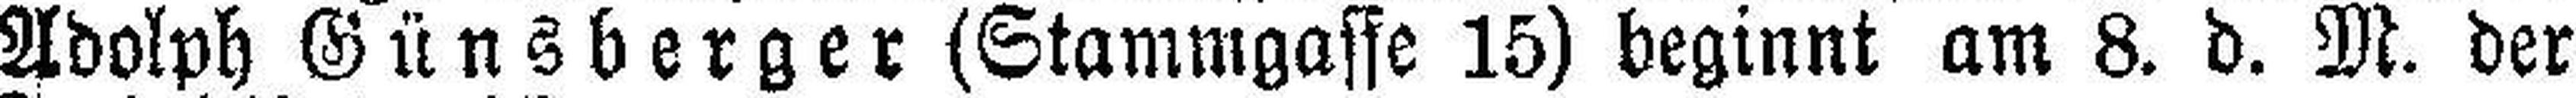
Adolph Günsberger (Stammgasse 15) beginnt am 8. d. M. der